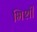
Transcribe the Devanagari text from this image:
भिशी